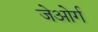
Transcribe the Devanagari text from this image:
जेओर्ग